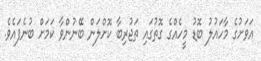
އަވަށުގެ މާހައުލު ބޮޑު މީހެއްގެ ގޮތުގައި ތަޖުރިބާ ކޮށްލަން ބޭނުންވާ ކަމަށް ބުނެފައެވެ.